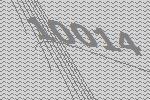
10014